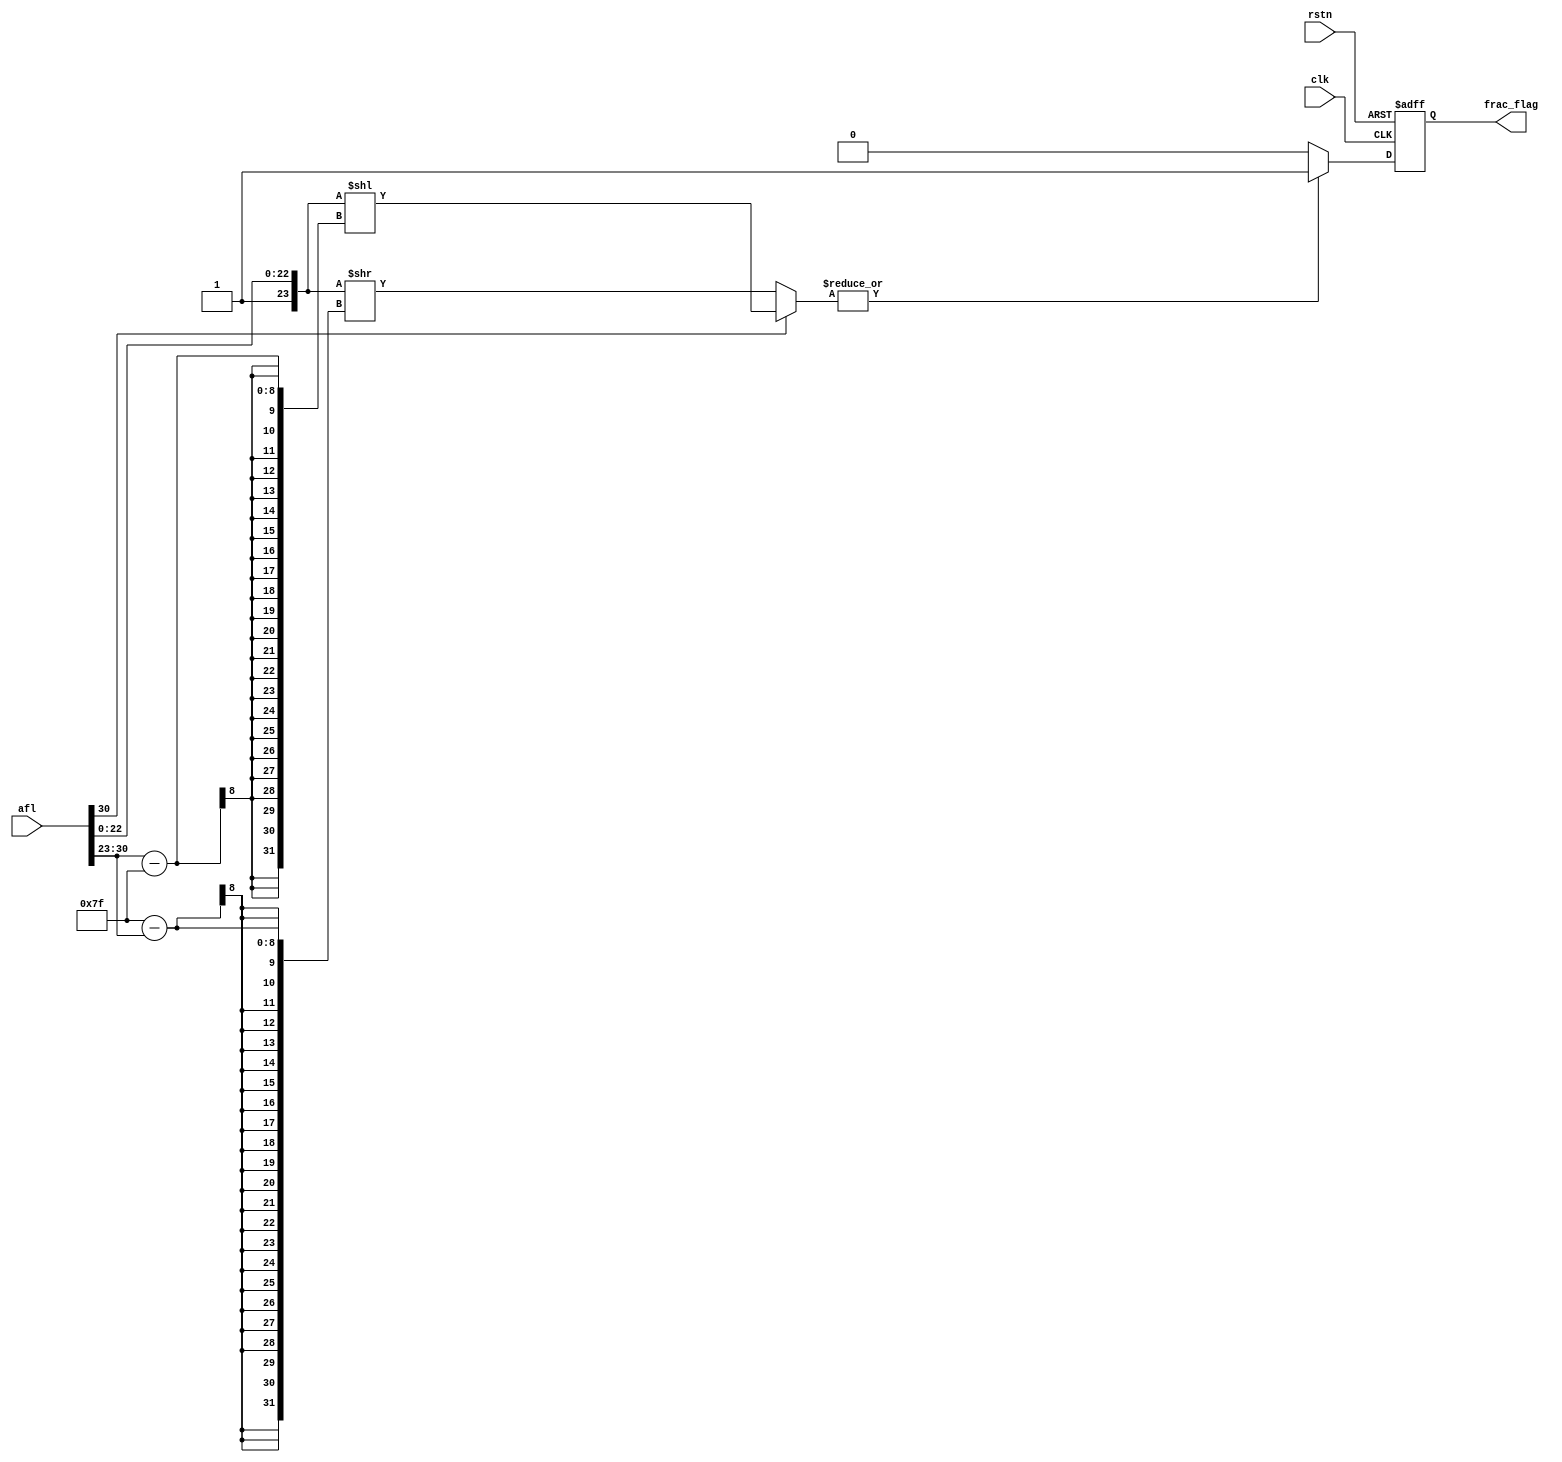
module flt_frac_test
	(
	input	      	clk,
	input	      	rstn,
	input	[31:0]	afl,
	output reg	frac_flag
	);
	reg [47:0]	mant;
	always @* begin
		if(afl[30]) mant = {1'b1, afl[22:0]} << (afl[30:23] - 127);
		else        mant = {1'b1, afl[22:0]} >> (127 - afl[30:23]);
	end
	always @(posedge clk, negedge rstn) begin
		if(!rstn) frac_flag <= 1'b0;
		else begin
			if(|mant[23:0]) frac_flag <= 1'b1;
			else frac_flag <= 1'b0;
		end
	end
endmodule